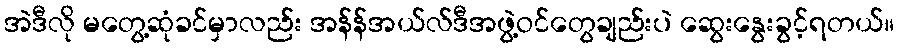
အဲဒီလို မတွေ့ဆုံခင်မှာလည်း အန်န်အယ်လ်ဒီအဖွဲ့ဝင်တွေချည်းပဲ ဆွေးနွေးခွင့်ရတယ်။